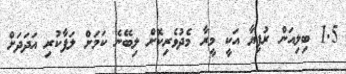
1.5 ބިލިއަން ރުފިޔާ އަކީ މީރާ މެދުވެރިކޮށް ލިބޭނެ ކަމަށް ލަފާކުރި އަދަދަށް